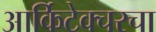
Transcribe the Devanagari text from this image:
आर्किटेक्चरचा